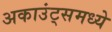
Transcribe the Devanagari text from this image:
अकाउंट्समध्ये